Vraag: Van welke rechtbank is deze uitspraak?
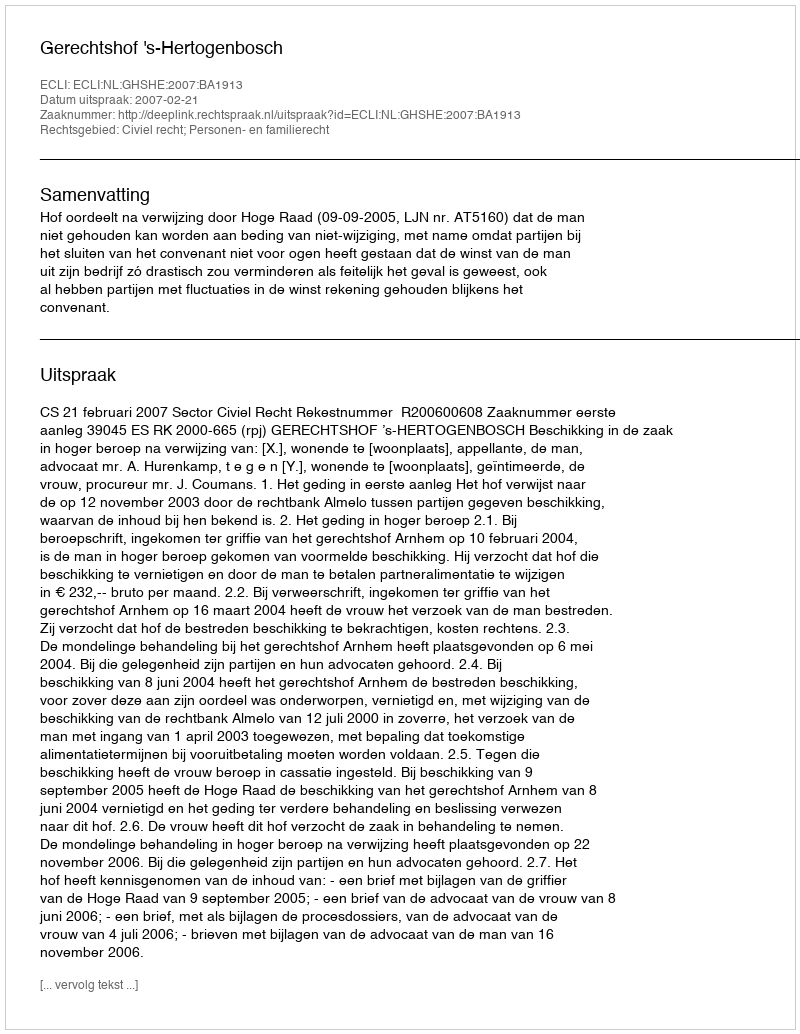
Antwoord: Gerechtshof 's-Hertogenbosch